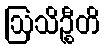
ဩသိဉ္စီတိ